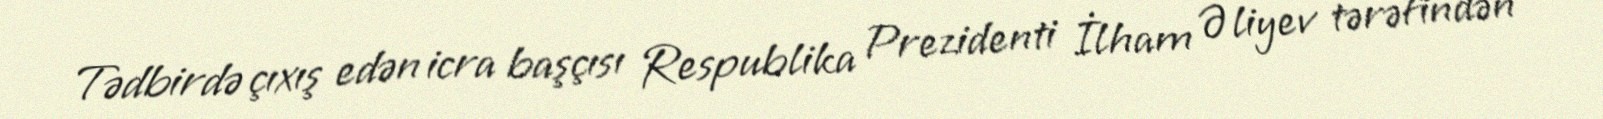
Tədbirdə çıxış edən icra başçısı Respublika Prezidenti İlham Əliyev tərəfindən